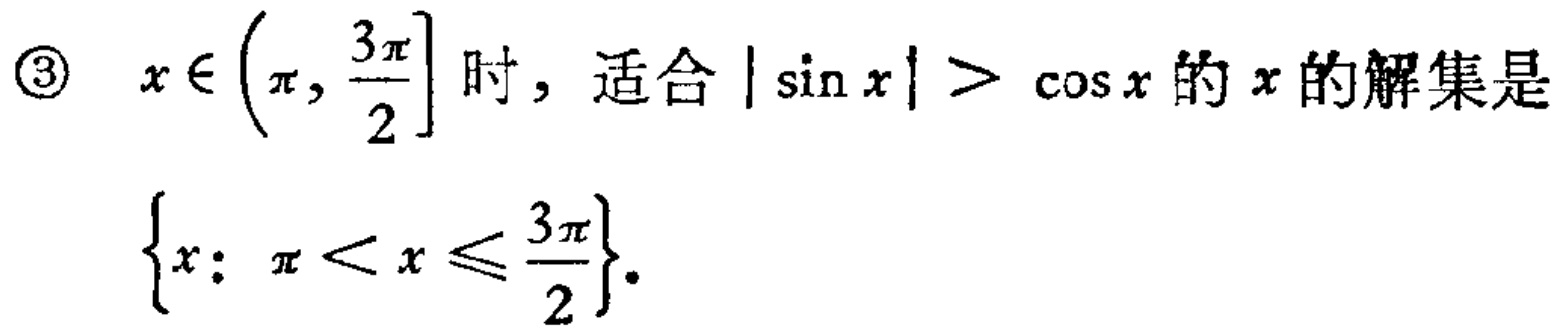
\textcircled{3} \(x\in\left(\pi,\frac{3\pi}{2}\right]\) 时，适合 \(|\sin x|>\cos x\) 的 \(x\) 的解集是
\(\left\{x:\pi < x\leqslant\frac{3\pi}{2}\right\}\)．